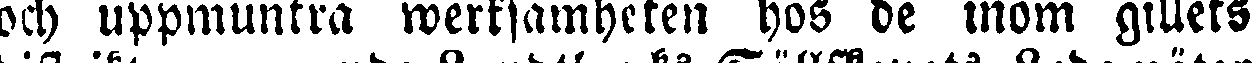
och uppmuntra werksamhcten hos de inom gillets